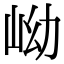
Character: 岰